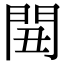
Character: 𨳞